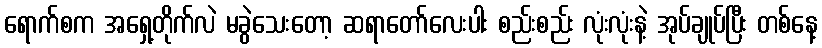
ရောက်စက အရှေ့တိုက်လဲ မခွဲသေးတော့ ဆရာတော်လေးပါး စည်းစည်း လုံးလုံးနဲ့ အုပ်ချုပ်ပြီး တစ်နေ့